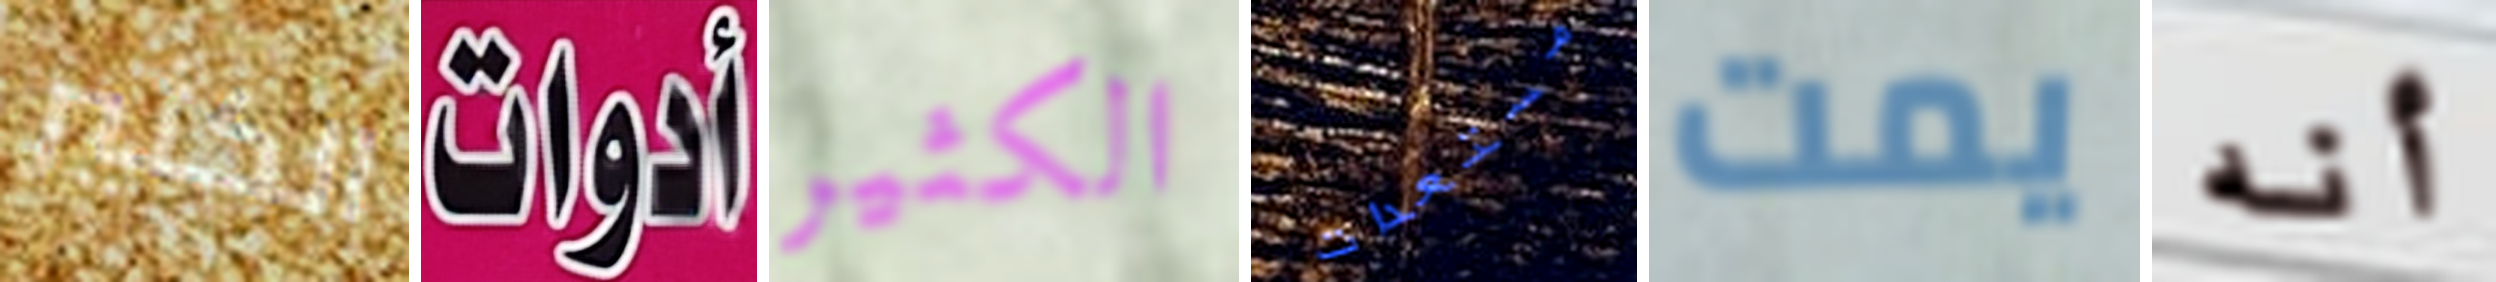
الكثير أدوات الكثير مستعدات يمت أنه